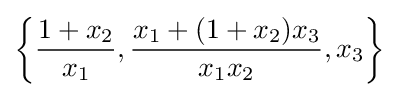
\left\{{\frac {1+x_{2}}{x_{1}}},{\frac {x_{1}+(1+x_{2})x_{3}}{x_{1}x_{2}}},x_{3}\right\}